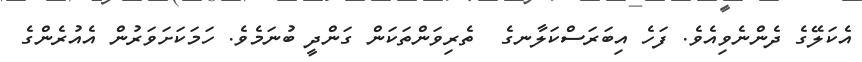
އެކަލޭގެ ދެންނެވިއެވެ. ފަހެ އިބަރަސްކަލާނގެ  ތެރިވަންތަކަން ގަންދީ ބުނަމެވެ. ހަމަކަށަވަރުން އެއުރެންގެ